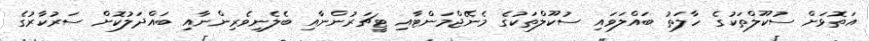
އަތޮޅަށް ސުކޫލްތަކުގެ ހާލަތު ބައްލަވައި ސުކޫލްތަކުގެ މެނޭޖްމަންޓާއި ޓީޗަރުންނާއި ބެލެނިވެރިންނާއި ބައްދަލުކޮށް ސަރުކާރުގެ